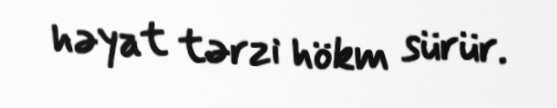
həyat tərzi hökm sürür.